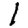
Digit: 1